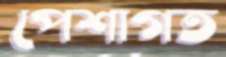
পেশাগত